Lunatic asylums Punjab 1881-1894 - 1881-1894
Year: 1881
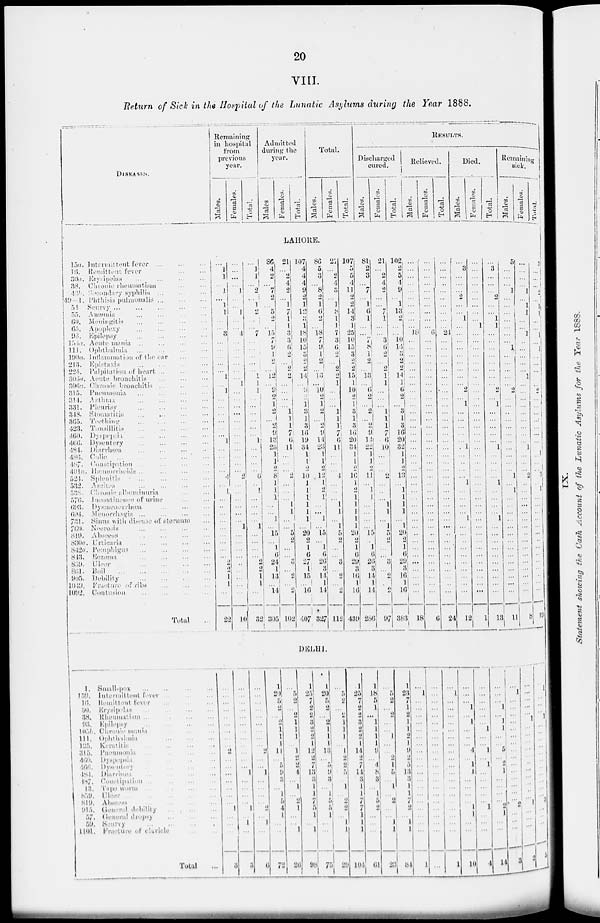
20
VIII.
Return of Sick in the Hospital of the Lunatic Asylums during the Year 1888.
DISEASES.
Remaining
in hospital
from
previous
year.
Males.
Females.
Total.
Admitted
during the
year.
Males
Females.
Total.
Total.
Males.
Females.
Total.
RESULTS.
Discharged
cured.
Males.
Females.
Total.
Relieved.
Males.
Females.
Total.
Died.
Males.
Females.
Total.
Remaining
sick.
Males.
Females.
Total.
LAHORE.
15a. Intermittent fever
...
...
...
16. Remittent fever
...
...
30a. Erysipelus ...
...
...
...
38. Chronic rheumatism
...
...
43b. Secondary syphilis ... ... ...
49—1. Phthisis pulmonalis ... ... ...
54. Scurvy ...
...
...
...
...
55. Anæmia
...
...
...
...
60. Meningitis
...
...
...
...
65. Apoplexy
...
...
...
...
93. Epilepsy
...
...
...
...
154a. Acute mania
...
...
...
...
111. Ophthalmia
...
...
...
...
190a. Inflammation of the ear
...
...
213. Epistaxis
...
...
...
...
224. Palpitation of heart ... ... ...
306a. Acute bronchitis
...
...
...
306a. Chronic bronchitis ... ... ...
315. Pneumonia
...
...
...
...
314. Asthma
...
...
...
...
331. Pleurisy
...
...
...
...
348.
Stomatitis ... ... ... ...
365. Teething
...
...
...
...
423. Tonsillitis
...
...
...
...
460. Dyspepsia
...
...
...
...
466. Dysentery
...
...
...
...
484. Diarrhœa
...
...
...
...
486. Colic
...
...
...
...
...
487. Constipation
...
...
...
...
491a. Hæmorrhoids ... ... ... ...
524. Splenitis ... ... ... ...
532. Ascites
...
...
...
...
538. Chronic albuminuria
...
...
576. Incontinence of urine
...
...
693. Dysmenorrhœa
...
...
...
694. Menorrhagia
...
...
...
...
731. Sinus with disease of sternum ...
760. Necrosis
...
...
...
...
819. Abscess ... ... ... ...
830a. Urticaria
...
...
...
...
842a. Pemphigus
...
...
...
...
843.
Eezenm ... ... ... ...
859. Ulcer
...
...
...
...
...
861. Boil
...
...
...
...
...
905. Debility
...
...
...
...
1049. Fracture of ribs
...
...
...
1092. Contusion
...
...
...
...
Total
...
...
1
1
...
1
...
1
1
...
...
3
...
...
...
...
...
1
...
1
...
...
...
...
...
...
1
...
...
...
...
4
...
1
...
..
...
...
...
...
...
...
...
2
2
1
1
...
22
...
...
...
...
1
...
...
1
...
...
4
...
...
...
...
...
...
1
...
...
...
...
...
...
...
...
...
...
...
...
2
...
...
...
...
...
...
1
...
...
...
...
..
...
...
...
...
10
...
1
1
...
2
...
1
2
...
...
7
...
...
...
...
...
1
1
1
...
...
...
...
...
...
1
...
...
...
...
6
...
1
...
...
...
...
1
...
...
...
...
2
2
1
1
...
32
86
4
2
...
7
2
...
5
2
...
15
7
9
1
2
...
12
...
9
2
1
2
...
2
9
13
23
1
1
2
8
1
1
1
...
...
1
...
15 ...
1
6
24
1
13
...
14
305
21
...
2
4
2
...
1
7
1
1
3
3
6
2
...
2
2
...
...
...
...
1
1
1
7
6
11
...
...
...
2
...
...
...
1
1
...
...
5
2
...
...
3
...
2
...
2
109
107
4
4
4
9
2
1
12
3
1
18
10
15
3
2
2
14
...
9
2
1
3
1
3
16
19
34
1
1
2
10
1
1
1 1
1
1
...
20
2
1
6
27
1
15
...
16
407
86
5
3
...
8
2
1
6
2
...
18
7
9
1
2
...
13
...
10
2
1
2
...
2
9
14
23
1
1
2
12
1
2
1
...
...
1
...
15
...
1
6
26
3
14 1
14
327
21
...
2
4
3
...
1
8
1
1
7
3
6 2
...
2
2
1
...
...
...
1
1
1
7
6
11
...
...
...
4
...
...
...
1
1
...
1
5
2
...
...
3
...
2
...
2
112
107
5
5
4
11
2
2
14
3
1
25
10
15
3
2
2
15
1
10
2
1
3
1
3
16
20
34
1
1
2
16
1
2
1
1
1
1
1
20
2
1
6
29
3
16
1
16
439
81
2
3
...
7
...
1
6
1
...
...
7
8
1
2
...
13
...
6
2
...
2
...
2
9
14
22
1
1
2
11
...
1
1
...
...
...
...
15
..
1
6
26
3
14
1
14
286
21
...
2
4
2
...
...
7
1
...
...
3
6
2
...
2
1
1
...
...
...
1
1
1
7
6
10
...
...
...
2
...
...
...
1
1
...
1
5
2
...
...
3
...
2
2
97
102
2
5
4
9
...
1
13
2
...
...
10
14
3
2
2
14
1
6
2
...
3
1
3
16
20
32
1
1
2
13
...
1
1
1
1
...
1
20
2
1
6
29
3
16
1
16
383
...
...
...
...
...
...
...
...
...
...
18
...
...
...
...
...
...
...
...
...
...
...
...
...
...
...
...
...
...
...
...
...
...
...
...
...
...
...
..
...
...
...
...
...
...
...
...
18
...
...
...
...
...
...
...
...
...
...
6
...
...
...
...
...
...
...
...
...
...
...
...
...
...
...
...
...
...
...
...
...
...
...
...
...
...
...
..
...
...
...
...
...
...
...
...
6
...
...
...
...
...
...
...
...
...
...
24
...
...
...
...
...
...
...
...
...
...
...
...
...
...
...
...
...
...
...
...
...
...
...
...
...
...
...
..
...
...
...
...
...
...
...
...
24
...
3
...
...
...
2
...
...
1
...
...
...
...
...
...
...
...
...
2
...
1
...
...
...
...
...
1
...
...
...
...
1
...
...
...
...
1
...
...
..
...
...
...
...
...
...
...
12
...
...
...
...
...
...
...
...
...
1
...
...
...
...
...
...
...
...
...
...
...
...
...
...
...
...
...
...
...
...
...
...
...
...
...
...
...
...
...
...
...
...
...
...
...
...
...
1
...
3
...
...
...
2
...
...
1
1
...
...
...
...
...
...
...
...
2
...
1
...
...
...
...
...
1
...
...
...
...
1
...
...
...
...
1
...
...
...
...
...
...
...
...
...
...
13
5
...
...
...
1
...
...
...
...
...
...
...
1
...
...
...
...
...
2
...
...
...
...
...
...
...
...
...
...
...
1
...
1
...
...
...
...
...
...
...
...
...
...
...
...
...
...
11
...
...
...
...
1
...
1
1
...
...
1
...
...
...
...
...
1
...
...
...
...
...
...
...
...
...
1
...
...
...
2
...
...
...
...
...
...
...
...
...
...
...
...
...
...
...
...
8
5
...
...
...
2
...
1
1
...
...
1
...
1
...
...
...
...
2
...
...
...
...
...
...
...
...
...
...
...
3
...
1
...
...
...
...
...
...
...
...
...
...
...
...
...
...
10
DELHI.
1.
Small-pox ... ... ... ...
159. Intermittent fever ... ... ...
16. Remittent fever
...
...
...
30. Erysipelas
...
...
...
...
38. Rheumatism ... ... ... ...
93. Epilepsy
...
...
...
...
105b. Chronic mania ... ... ...
111.
Ophthulmia ... ... ...
125. Keratitis
...
...
...
...
315. Pneumonia
...
...
...
...
460. Dyspepsia
...
...
...
...
466. Dysentery
...
...
...
...
484. Diarrhœa
...
...
...
...
487. Constipation ... ... ... ...
13. Tape worm ... ... ... ...
859. Ulcer ... ... ... ... ...
819. Abscess
...
...
...
...
915. General debility
...
...
...
57. General dropsy
...
...
...
59. Scurry
...
...
...
...
1101. Fracture of claviele ... ...
Total ...
...
...
...
...
...
...
...
...
...
2
...
...
...
...
...
...
...
1
...
...
...
3
...
...
...
...
...
...
...
...
...
...
...
...
1
...
...
...
...
1
...
1
...
3
...
...
...
...
...
...
...
...
...
2
...
...
1
...
...
...
...
2
...
1
...
6
1
20 5
2
...
2
1
1
1
11
...
5
9
3
...
1
5
4
1
...
...
72
...
5
2
...
2
1 1
1
...
1
2
2
4
...
1
...
2
1
...
...
1
26
1
25
7
2
2 3
2
2
1
12
2
7 13
3
1
1
7
5
1
...
1
98
1
20
5
2
...
2
1 1 1
13
...
5
9
3 ...
1
5
5
1
...
...
75
...
5
2
...
2
1
1
1
...
1
2
2
5
...
1
...
2
2
...
1
1
29
1
25
7
2
2
3
2
2
1
14
2
7
14
3
1 ...
7
7
1
1
1
104
1
18
5
1
...
1
1
1
1
9
...
4
8
3
...
1
5
2
...
...
...
61
...
5
2
...
2
...
...
1
...
...
2
1
5
...
1
...
2
... ...
1
1
23
1
23
7
1
2
1
1
2
1
9
2
5
13
3
1
1
7 2
...
1
1
84
...
1
...
...
...
...
...
...
...
...
...
...
...
...
...
...
...
...
...
...
...
1
...
...
...
...
...
...
...
...
...
...
...
...
...
...
...
...
...
...
...
...
...
...
...
1
...
...
...
...
...
...
...
...
...
...
...
...
...
...
...
...
...
...
...
1
...
...
...
1
...
1
...
...
...
4
...
1
1
...
...
...
...
1
1
...
...
10
...
...
...
...
...
...
1
...
...
1
...
1
...
...
...
...
...
1
...
...
...
4
...
...
...
1
...
1
1
...
...
5
...
2
1
...
...
...
...
2
1
...
...
14
...
1
...
...
...
...
...
...
...
...
...
...
...
...
...
...
...
2
...
...
...
3
...
...
...
...
...
1
...
...
...
...
...
...
...
...
...
...
... 1
...
...
...
2
... 1
...
...
...
1
...
...
...
...
...
...
...
...
...
...
8
3
...
...
...
5